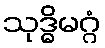
သုဒ္ဓိမဂ္ဂံ